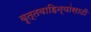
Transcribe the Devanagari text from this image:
वृत्तवाहिन्यांसाठी